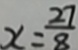
x = \frac { 2 7 } { 8 }